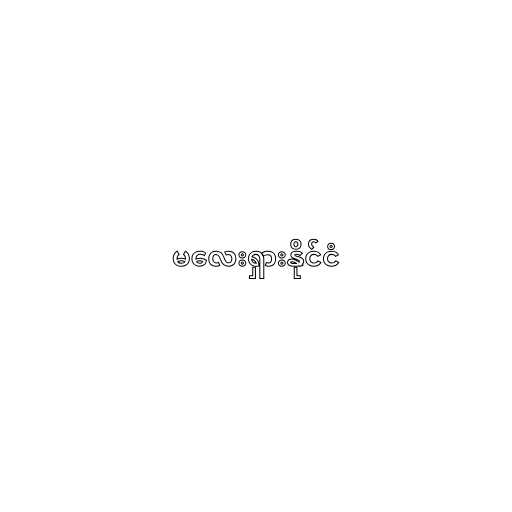
မလေးရှားနိုင်ငံ